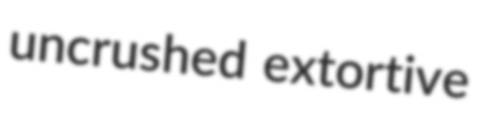
uncrushed extortive